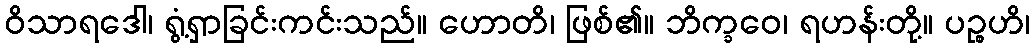
ဝိသာရဒေါ၊ ရွံ့ရှာခြင်းကင်းသည်။ ဟောတိ၊ ဖြစ်၏။ ဘိက္ခဝေ၊ ရဟန်းတို့။ ပဉ္စဟိ၊